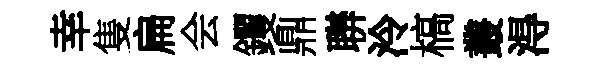
幸隻扁会钁鼎聨泠槁叢淂